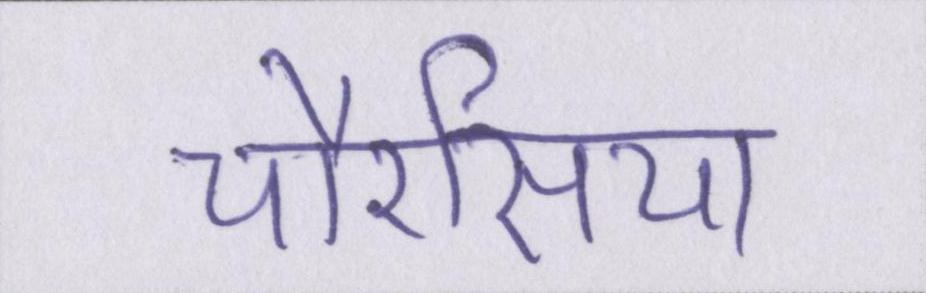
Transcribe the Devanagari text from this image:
चौरसिया